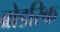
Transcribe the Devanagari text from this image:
ब्रोडरिक